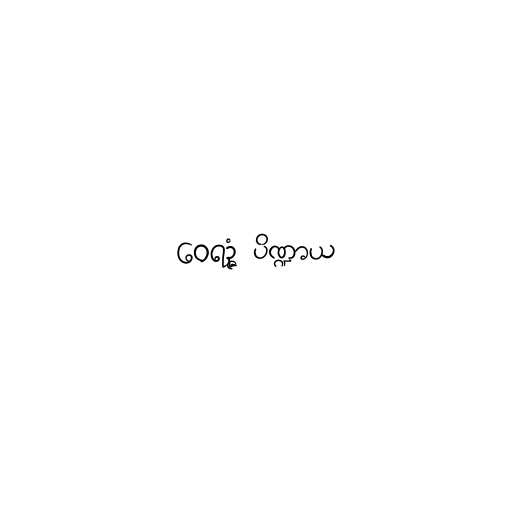
ဝေရဉ္ဇံ ပိဏ္ဍာယ